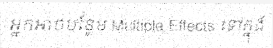
អ្នកអាចបន្ថែម Multiple Effects ទៅក្នុង